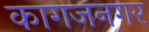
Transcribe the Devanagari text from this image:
कागजनगर